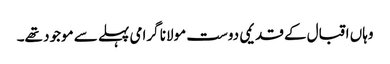
وہاں اقبال کے قدیمی دوست مولانا گرامی پہلے سے موجود تھے۔